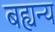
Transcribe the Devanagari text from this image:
बह्यन्य